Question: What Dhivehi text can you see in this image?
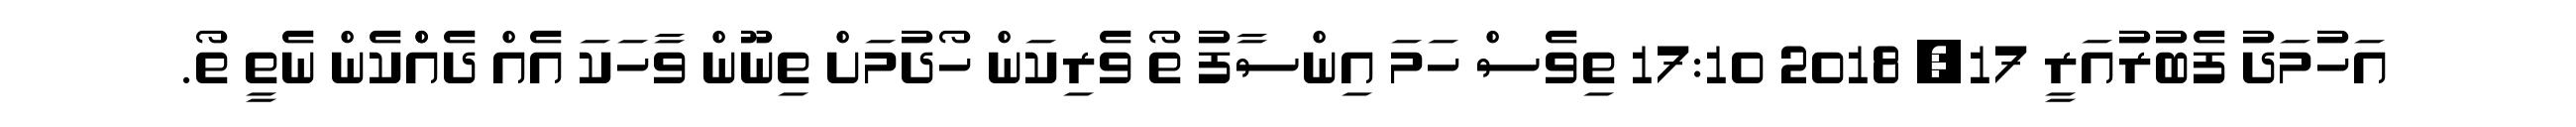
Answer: އަހުމަދު ފެބުރުއަރީ 17, 2018 17:10 ތިވެސް ހަމަ އިންސާފު ތޯ ވެރިކަން ހޯދުމަށް ތިނޫން ވާހަކަ އެއް ދެއްްކެން ނެތީ ތޯ.